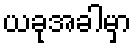
ယခုအခါမှာ